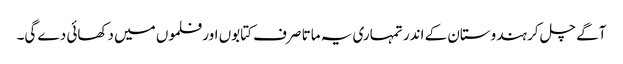
آگے چل کر ہندوستان کے اندر تمہاری یہ ماتا صرف کتابوں اور فلموں میں دکھائی دے گی۔